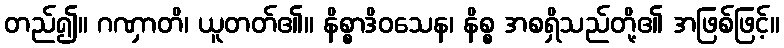
တည်၍။ ဂဏှာတိ၊ ယူတတ်၏။ နိစ္စာဒိဝသေန၊ နိစ္စ အစရှိသည်တို့၏ အဖြစ်ဖြင့်။